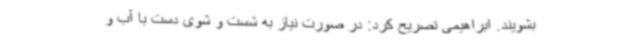
بشویند. ابراهیمی تصریح کرد: در صورت نیاز به شست و شوی دست با آب و